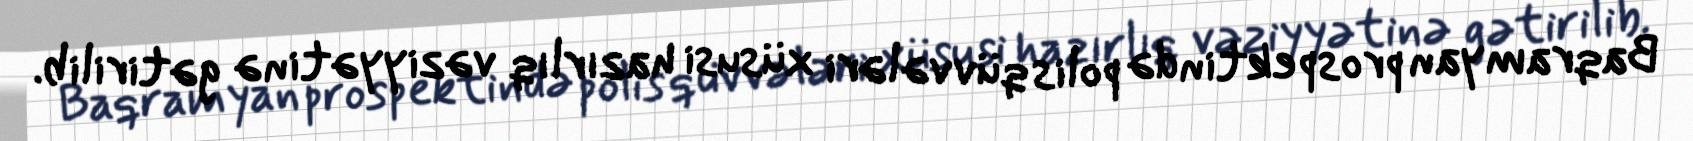
Baqramyan prospektində polis qüvvələri xüsusi hazırlıq vəziyyətinə gətirilib.